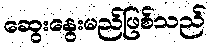
ဆွေးနွေးမည်ဖြစ်သည်